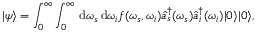
\vert \psi \rangle = \int _ { 0 } ^ { \infty } \int _ { 0 } ^ { \infty } \, \mathrm { d } \omega _ { s } \, \mathrm { d } \omega _ { i } f ( \omega _ { s } , \omega _ { i } ) \hat { a } _ { s } ^ { \dag } ( \omega _ { s } ) \hat { a } _ { i } ^ { \dag } ( \omega _ { i } ) \vert 0 \rangle \vert 0 \rangle ,